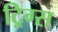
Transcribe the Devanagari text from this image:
ट्रिग्स